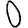
Digit: 0